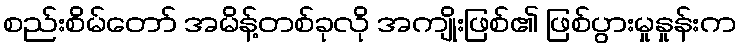
စည်းစိမ်တော် အမိန့်တစ်ခုလို အကျိုးဖြစ်၏ ဖြစ်ပွားမှုနှုန်းက